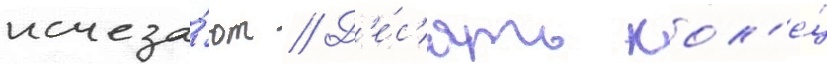
исчеза́ют // Д'е́с'ять кол'е́ц